画像に写った文字を読んでください
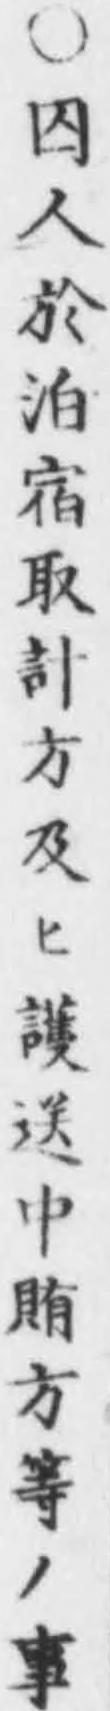
「○囚人於泊宿取計方及ヒ護送中賄方等ノ事」と書いてあります